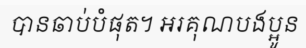
បានឆាប់បំផុត។ អរគុណបងប្អូន